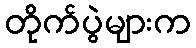
တိုက်ပွဲများက